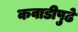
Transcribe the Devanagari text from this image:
कवाडीपुढे